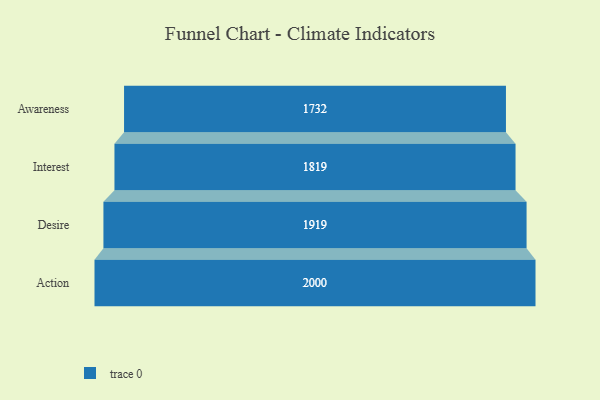
{"axis": {"x": "Stage", "y": "Value"}, "legend": [""], "data": [{"x": "Awareness", "y": 1732.0, "type": ""}, {"x": "Interest", "y": 1819.0, "type": ""}, {"x": "Desire", "y": 1919.0, "type": ""}, {"x": "Action", "y": 2000, "type": ""}]}